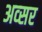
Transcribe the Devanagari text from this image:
अव्सर